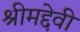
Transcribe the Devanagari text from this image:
श्रीमद्देवी